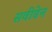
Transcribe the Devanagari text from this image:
सवीडेन